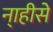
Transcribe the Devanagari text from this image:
ना्हीसे